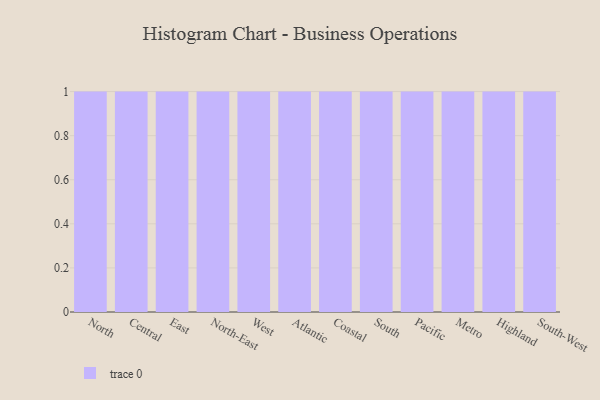
{"axis": {"x": "Region", "y": "Demand Index"}, "legend": [""], "data": [{"x": "North", "y": 64, "type": ""}, {"x": "Central", "y": 29, "type": ""}, {"x": "East", "y": 68, "type": ""}, {"x": "North-East", "y": 1, "type": ""}, {"x": "West", "y": 73, "type": ""}, {"x": "Atlantic", "y": 49, "type": ""}, {"x": "Coastal", "y": 4, "type": ""}, {"x": "South", "y": 71, "type": ""}, {"x": "Pacific", "y": 21, "type": ""}, {"x": "Metro", "y": 1, "type": ""}, {"x": "Highland", "y": 87, "type": ""}, {"x": "South-West", "y": 66, "type": ""}]}